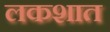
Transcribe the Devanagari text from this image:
लकशात